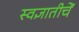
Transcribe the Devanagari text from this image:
स्वज्ञातीचें